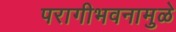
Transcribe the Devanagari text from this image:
परागीभवनामुळे